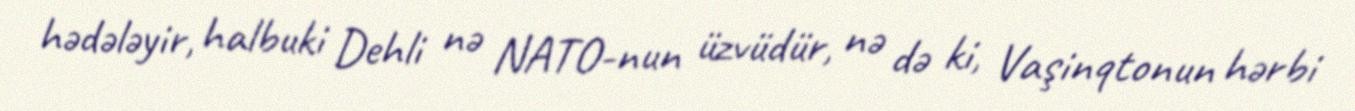
hədələyir, halbuki Dehli nə NATO-nun üzvüdür, nə də ki, Vaşinqtonun hərbi